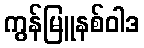
ကွန်မြူနစ်ဝါဒ